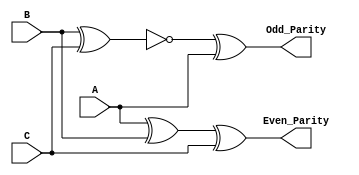
// Module Name:    Parity_Generator 

module Parity_Generator(A,B,C,Even_Parity,Odd_Parity);
	input A,B,C;
	output Even_Parity,Odd_Parity;
	wire w1;
	xor x1(Even_Parity,A,B,C);
	xnor x2(w1,B,C);
	xor x3(Odd_Parity,w1,A);
endmodule